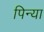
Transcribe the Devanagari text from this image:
पिन्या